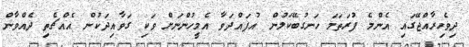
ދިވެހިރާއްޖޭގައި އެންމެ ފުރަތަމަ ހަނގުބޭކަލުން އުފައްދަވާ އެމީހުންނަށް ވަކި ގަވާއިދަކުން އެއްޗެތި ދެއްވާން